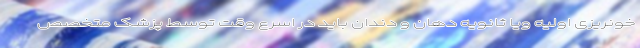
خونریزی اولیه ویا ثانویه دهان و دندان باید در اسرع وقت توسط پزشک متخصص